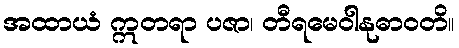
အထာယံ ဣတရာ ပဇာ၊ တီရမေဝါနုဓာဝတိ။